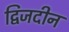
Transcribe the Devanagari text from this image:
द्विजदीन